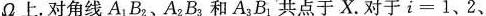
Ω上.对角线A_{1}B_{2}、A_{2}B_{3}和A_{3}B_{1}共点于X.对于i=1、2